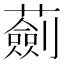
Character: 𧁴